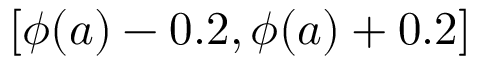
[ \phi ( a ) - 0 . 2 , \phi ( a ) + 0 . 2 ]